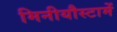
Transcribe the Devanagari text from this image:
मिनीयौस्टामें